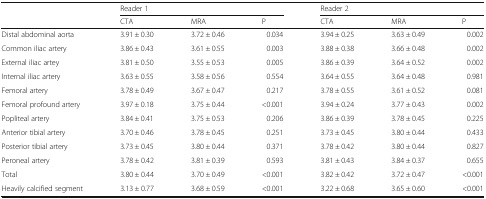
<table><thead><tr><td></td><td colspan="3"><b>Reader 1</b></td><td colspan="3"><b>Reader 2</b></td></tr><tr><td></td><td><b>CTA</b></td><td><b>MRA</b></td><td><b>P</b></td><td><b>CTA</b></td><td><b>MRA</b></td><td><b>P</b></td></tr></thead><tbody><tr><td>Distal abdominal aorta</td><td>3.91 ± 0.30</td><td>3.72 ± 0.46</td><td>0.034</td><td>3.94 ± 0.25</td><td>3.63 ± 0.49</td><td>0.002</td></tr><tr><td>Common iliac artery</td><td>3.86 ± 0.43</td><td>3.61 ± 0.55</td><td>0.003</td><td>3.88 ± 0.38</td><td>3.66 ± 0.48</td><td>0.002</td></tr><tr><td>External iliac artey</td><td>3.81 ± 0.50</td><td>3.55 ± 0.53</td><td>0.005</td><td>3.86 ± 0.39</td><td>3.64 ± 0.52</td><td>0.002</td></tr><tr><td>Internal iliac artery</td><td>3.63 ± 0.55</td><td>3.58 ± 0.56</td><td>0.554</td><td>3.64 ± 0.55</td><td>3.64 ± 0.48</td><td>0.981</td></tr><tr><td>Femoral artery</td><td>3.78 ± 0.49</td><td>3.67 ± 0.47</td><td>0.217</td><td>3.78 ± 0.55</td><td>3.61 ± 0.52</td><td>0.081</td></tr><tr><td>Femoral profound artery</td><td>3.97 ± 0.18</td><td>3.75 ± 0.44</td><td>&lt;0.001</td><td>3.94 ± 0.24</td><td>3.77 ± 0.43</td><td>0.002</td></tr><tr><td>Popliteal artery</td><td>3.84 ± 0.41</td><td>3.75 ± 0.53</td><td>0.206</td><td>3.86 ± 0.39</td><td>3.78 ± 0.45</td><td>0.225</td></tr><tr><td>Anterior tibial artery</td><td>3.70 ± 0.46</td><td>3.78 ± 0.45</td><td>0.251</td><td>3.73 ± 0.45</td><td>3.80 ± 0.44</td><td>0.433</td></tr><tr><td>Posterior tibial artery</td><td>3.73 ± 0.45</td><td>3.80 ± 0.44</td><td>0.371</td><td>3.78 ± 0.42</td><td>3.80 ± 0.44</td><td>0.827</td></tr><tr><td>Peroneal artery</td><td>3.78 ± 0.42</td><td>3.81 ± 0.39</td><td>0.593</td><td>3.81 ± 0.43</td><td>3.84 ± 0.37</td><td>0.655</td></tr><tr><td>Total</td><td>3.80 ± 0.44</td><td>3.70 ± 0.49</td><td>&lt;0.001</td><td>3.82 ± 0.42</td><td>3.72 ± 0.47</td><td>&lt;0.001</td></tr><tr><td>Heavily calcified segment</td><td>3.13 ± 0.77</td><td>3.68 ± 0.59</td><td>&lt;0.001</td><td>3.22 ± 0.68</td><td>3.65 ± 0.60</td><td>&lt;0.001</td></tr></tbody></table>